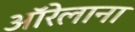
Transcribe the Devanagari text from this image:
ऑरेलाना